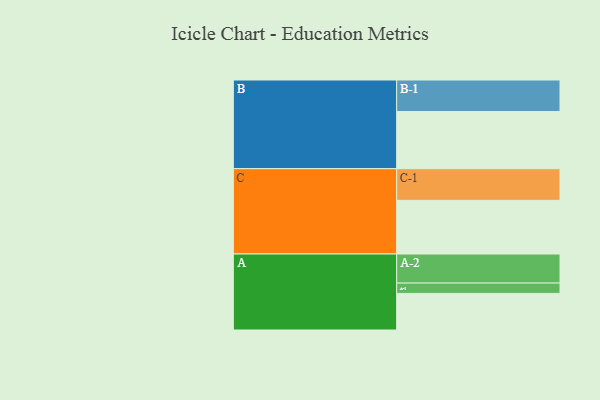
{"axis": {"x": "Segment", "y": "Value"}, "legend": ["", "A", "B", "C"], "data": [{"x": "A", "y": 326, "type": ""}, {"x": "B", "y": 509, "type": ""}, {"x": "C", "y": 478, "type": ""}, {"x": "A-1", "y": 92, "type": "A"}, {"x": "A-2", "y": 259, "type": "A"}, {"x": "B-1", "y": 281, "type": "B"}, {"x": "C-1", "y": 282, "type": "C"}]}